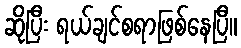
ဆိုပြီး ရယ်ချင်စရာဖြစ်နေပြီ။